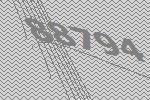
88794